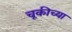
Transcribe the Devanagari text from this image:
चूकीच्या